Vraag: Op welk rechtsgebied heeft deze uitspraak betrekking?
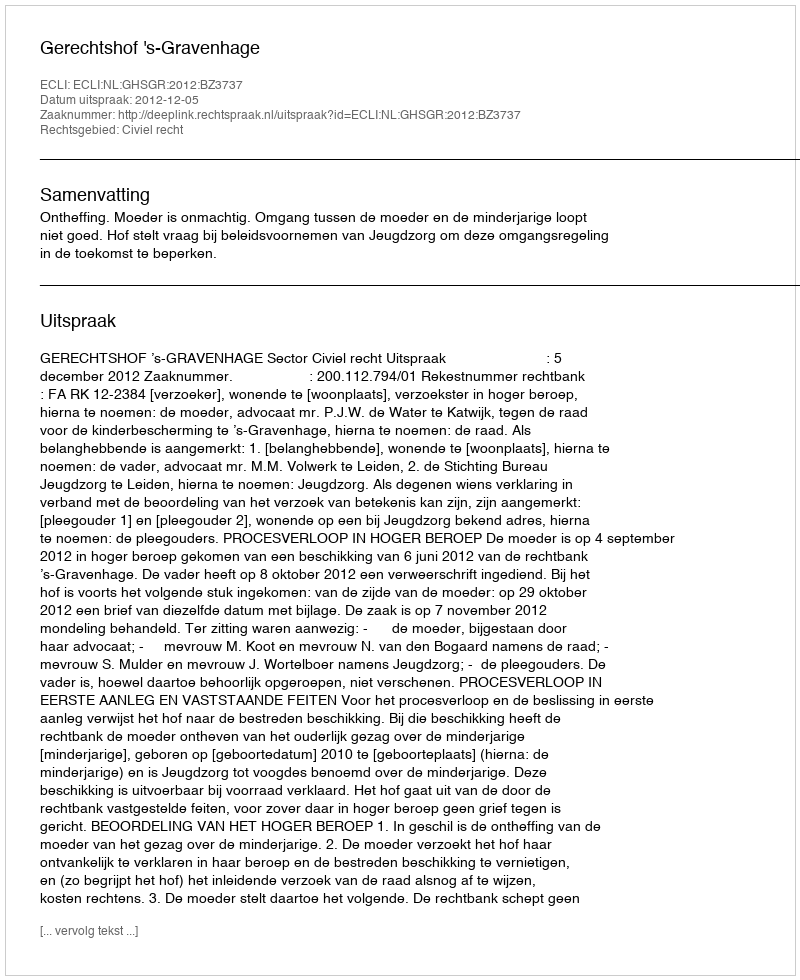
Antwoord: Civiel recht